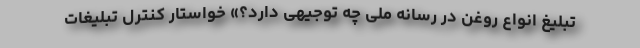
تبلیغ انواع روغن در رسانه ملی چه توجیهی دارد؟» خواستار کنترل تبلیغات